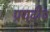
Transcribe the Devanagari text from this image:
प्रयद्वीप